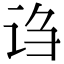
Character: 诌